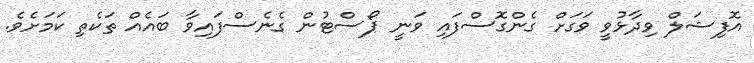
އޮފިޝަލް ވިދާޅުވީ ވަގަށް ގެންގޮސްފައި ވަނީ ޕޯސްޓުން ގެނެސްފައިވާ ބައެއް ތަކެތި ކަމަށެވެ.